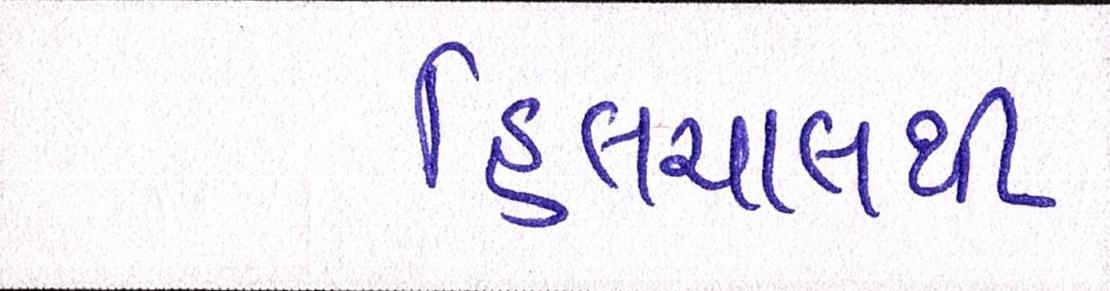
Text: હિલચાલથી